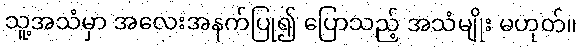
သူ့အသံမှာ အလေးအနက်ပြု၍ ပြောသည့် အသံမျိုး မဟုတ်။